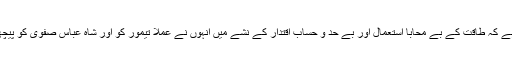
سچی بات یہ ہے کہ طاقت کے بے محابا استعمال اور بے حد و حساب اقتدار کے نشے میں انہوں نے عملاً تیمور کو اور شاہ عباس صفوی کو پیچھے چھوڑ دیا!